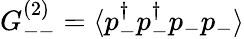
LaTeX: G_{--}^{(2)}=\langle p_{-}^{\dagger}p_{-}^{\dagger}p_{-}p_{-}\rangle